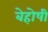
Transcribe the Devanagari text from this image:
बेहोषी